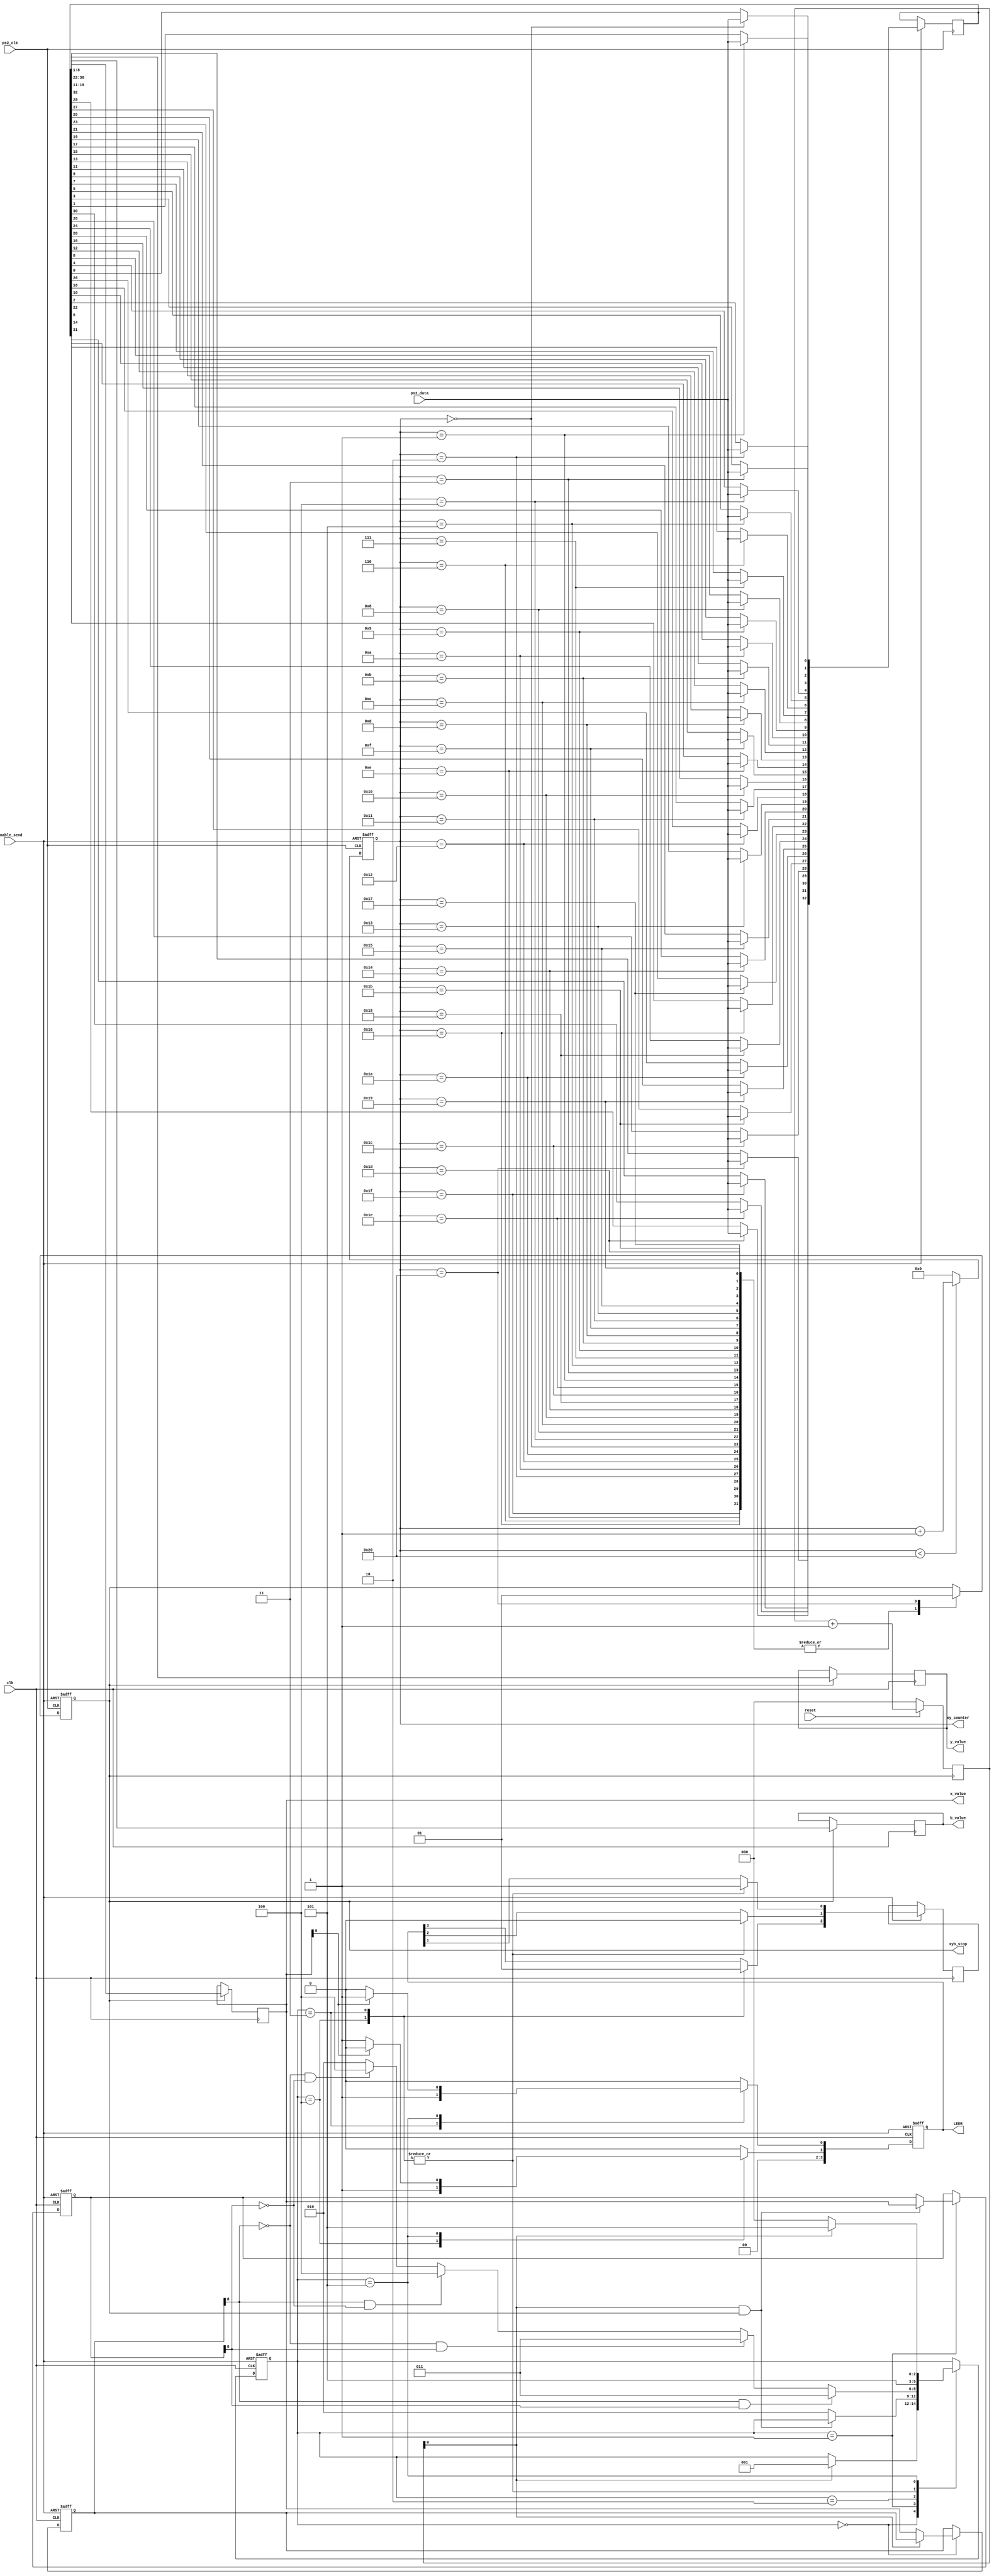
//////////////////////////////////
/// mouse interface to DE1-SoC ///
/// Feb 2016                   ///
/// ps2 transfer               ///
/// part 2 transmit module     ///
//////////////////////////////////

module transmit (
 /* hex_out0, 		// 7 bit binary Output
 hex_out1, 		// 7 bit binary Output
 hex_out2, 		// 7 bit binary Output
 hex_out3, 		// 7 bit binary Output
 hex_out4, 		// 7 bit binary Output
 hex_out5, 		// 7 bit binary Output */
 x_value,		// 9 bit x direction value
 y_value,		// 9 bit y direction value
 b_value,		// 8 bit button and x/y sign value
 xy_counter,	// counter for serial shift register
 xyb_stop,		// indicates end of 3 bit transfer
 enable_send,  // stream load enabled
 clk,				// 50 KHz clock
 reset,			// master reset
 ps2_clk, 		// ps2 clock
 ps2_data,	 	// ps2 data
 LEDR // added
);

 
 // input signals
 
 input ps2_clk;
 input ps2_data;
 input reset;
 input clk;
 input enable_send;
 
 //output registers ;
 
 /* output reg [6:0] hex_out0 ;
 output reg [6:0] hex_out1 ;
 output reg [6:0] hex_out2 ;
 output reg [6:0] hex_out3 ;
 output reg [6:0] hex_out4 ;
 output reg [6:0] hex_out5; */
 output reg [6:0] xy_counter; 
 output reg [8:0] x_value;
 output reg [8:0] y_value;
 output reg [7:0] b_value;
 
 output reg xyb_stop;
 
 // ADDED to display the lights. Need default .qsf course file
 output reg [3:0] LEDR; // led_left; 
 // output reg LEDR[1]; //led_right;
 // output reg LEDR[2]; //led_up;
 // output reg LEDR[3]; // led_down;

 
 // internal registers
 
 reg [2:0] counter_xy;	// counter for first and second value
 reg [2:0] state_value_y;// y state machine
 reg [2:0] state_value_x;// x state machine
 reg [8:0] x_first;		// store first x value
 reg [8:0] x_second;		// store second x value
 reg [8:0] y_first;		// store first y value
 reg [8:0] y_second;		// store second y value
 reg [32:0] xyb_value;	// serial shift register
 reg PSCLK;					// for ps2 clk
 reg [8:0] PS; 			//for ps2 data
 reg PSO;   				// stores serial data value
 
 
 // setting to create HEX value on display
 
 parameter HEX_0 = 7'b1000000;		// zero
 parameter HEX_1 = 7'b1111001;		// one
 parameter HEX_2 = 7'b0100100;		// two
 parameter HEX_3 = 7'b0110000;		// three
 parameter HEX_4 = 7'b0011001;		// four
 parameter HEX_5 = 7'b0010010;		// five
 parameter HEX_6 = 7'b0000010;		// six
 parameter HEX_7 = 7'b1111000;		// seven
 parameter HEX_8 = 7'b0000000;		// eight
 parameter HEX_9 = 7'b0011000;		// nine
 parameter HEX_10 = 7'b0001000;		// ten
 parameter HEX_11 = 7'b0000011;		// eleven
 parameter HEX_12 = 7'b1000110;		// twelve
 parameter HEX_13 = 7'b0100001;		// thirteen
 parameter HEX_14 = 7'b0000110;		// fourteen
 parameter HEX_15 = 7'b0001110;		// fifteen
 parameter zero   = 7'b1111111;		// all off	
 parameter right = 7'b0101111;      // right button push
 parameter left = 7'b1000111;			// left button push
 parameter middle = 7'b0101011;		// middle button push
 parameter dash = 7'b0111111; 		// dash (no button push)
 parameter tee =  7'b1111000;			// letter T
 parameter you = 7'b1000001;        // letter U
 parameter pee = 7'b0001100;        // letter P
 
 /////////////////////////////////////////////
 // state machine values for mouse movement //
 ///////////////////////////////////////////// 
 
 parameter load_value_y1 = 3'b000;
 parameter load_value_y2 = 3'b001;
 parameter test_sign_y = 3'b010;
 parameter compare_up = 3'b011;
 parameter compare_down = 3'b100;
 parameter no_change_y = 3'b101;
 
 parameter load_value_x1 = 3'b000;
 parameter load_value_x2 = 3'b001;
 parameter test_sign_x = 3'b010;
 parameter compare_left = 3'b011;
 parameter compare_right = 3'b100;
 parameter no_change_x = 3'b101;
 
  ////////////////////////////////////////
 // PS2 mouse value retrieve register  // 
 ////////////////////////////////////////

wire sync_time = (xy_counter < 7'd32)? 1'b0 : 1'b1; // end of each load cycle
 
 always @(negedge enable_send or posedge ps2_clk) begin
 
 	if  (!enable_send)
	
	begin
	xy_counter = 7'b0; // reset counter
	end
	
	else begin
	
	if ( sync_time) 
	xy_counter = 7'b0;
	
	else
	xy_counter = xy_counter + 1;
	end
	
	end

 
 
 
 
 always @ (negedge enable_send or negedge ps2_clk) begin
 
 if (!enable_send) begin xyb_stop = 0 ; end
 else
 case (xy_counter)
 
		// begin load byte 0
		7'd0	: begin xyb_value[0] = ps2_data ; xyb_stop = 0; end // bit 0 - start
 
		7'd1	: begin xyb_value[1] = ps2_data ; xyb_stop = 0; end // bit 1 - valid bit 0 (left button)
		
		7'd2	: begin xyb_value[2] = ps2_data ; xyb_stop = 0; end // bit 2 - valid bit 1 (right button)
		
		7'd3	: begin xyb_value[3] = ps2_data ; xyb_stop = 0; end // bit 3 - valid bit 2 (middle button)
		
		7'd4	: begin xyb_value[4] = ps2_data ; xyb_stop = 0; end // bit 4 - valid bit 3 (always high)
		
		7'd5	: begin xyb_value[5] = ps2_data ; xyb_stop = 0; end // bit 5 - valid bit 4 (x sign)
		
		7'd6	: begin xyb_value[6] = ps2_data ; xyb_stop = 0; end // bit 6 - valid bit 5 (y sign)
		
		7'd7	: begin xyb_value[7] = ps2_data ; xyb_stop = 0; end // bit 7 - valid bit 6 (x over)
		
		7'd8	: begin xyb_value[8] = ps2_data ; xyb_stop = 0; end // bit 8 - valid bit 7 (y over)
		
		7'd9	: begin xyb_value[9] = ps2_data ; xyb_stop = 0; end // bit 9 - end 1
		
		7'd10	: begin xyb_value[10] = ps2_data ; xyb_stop = 0; end // bit 10 - end 2
		
		// begin load byte 1
		
		7'd11	: begin xyb_value[11] = ps2_data ; xyb_stop = 0; end // bit 0 - valid bit 0

		7'd12	: begin xyb_value[12] = ps2_data ; xyb_stop = 0; end // bit 1 - valid bit 1
		
		7'd13	: begin xyb_value[13] = ps2_data ; xyb_stop = 0; end // bit 2 - valid bit 2
		
		7'd14	: begin xyb_value[14] = ps2_data ; xyb_stop = 0; end // bit 3 - valid bit 3
		
		7'd15	: begin xyb_value[15] = ps2_data ; xyb_stop = 0; end // bit 4 - valid bit 4
		
		7'd16	: begin xyb_value[16] = ps2_data ; xyb_stop = 0; end // bit 5 - valid bit 5
		
		7'd17	: begin xyb_value[17] = ps2_data ; xyb_stop = 0; end // bit 6 - valid bit 6
		
		7'd18	: begin xyb_value[18] = ps2_data ; xyb_stop = 0; end // bit 7 - valid bit 7
		
		7'd19	: begin xyb_value[19] = ps2_data ; xyb_stop = 0; end // bit 8 - valid bit 8
		
		7'd20	: begin xyb_value[20] = ps2_data ; xyb_stop = 0; end // bit 9 -  end 1
		
		7'd21	: begin xyb_value[21] = ps2_data ; xyb_stop = 0; end // bit 10 - end 2
		
		// begin load byte 2
		
		7'd22	: begin xyb_value[22] = ps2_data ; xyb_stop = 0; end // bit 0 - valid bit 0

		7'd23	: begin xyb_value[23] = ps2_data ; xyb_stop = 0; end // bit 1 - valid bit 1
		
		7'd24	: begin xyb_value[24] = ps2_data ; xyb_stop = 0; end // bit 2 - valid bit 2
		
		7'd25	: begin xyb_value[25] = ps2_data ; xyb_stop = 0; end // bit 3 - valid bit 3
		
		7'd26	: begin xyb_value[26] = ps2_data ; xyb_stop = 0; end // bit 4 - valid bit 4
		
		7'd27 : begin xyb_value[27] = ps2_data ; xyb_stop = 0; end // bit 5 - valid bit 5
		
		7'd28	: begin xyb_value[28] = ps2_data ; xyb_stop = 0; end // bit 6 - valid bit 6
		
		7'd29	: begin xyb_value[29] = ps2_data ; xyb_stop = 0; end // bit 7 - valid bit 7
		
		7'd30	: begin xyb_value[30] = ps2_data ; xyb_stop = 0; end // bit 8 - valid bit 8
		
		7'd31	: begin xyb_value[31] = ps2_data ; xyb_stop = 0; end // bit 9 -  end 1
		
		7'd32	: begin xyb_value[32] = ps2_data ; xyb_stop = 1; end // bit 10 - end 2
		
			
		endcase
		
		end
////////////////////////////////////////////
/// store values in 8 bit register for  ////
/// button pushes middle left right     ////
/// x and y value                       ////
////////////////////////////////////////////		
		
		
	always @ ( posedge clk ) begin
	
		if (xyb_stop) begin
		
		 b_value [7:0] <= xyb_value [8:1];
		 x_value [8:0] <= xyb_value [19:11];
		 y_value [8:0] <= xyb_value [30:22];
		 
		 end	
	 end
	 
	
////////////////////////////////////////////////
/// Testing to see which button was pushed   ///
////////////////////////////////////////////////	

reg doSomething;
	 always @  ( posedge clk or negedge enable_send ) begin
	 
	 if (!enable_send) begin
// default setting		 
	 /* hex_out5 = dash;
	 hex_out4 = dash; */
	 end
	 
	 else
	 
	 case (b_value [3:0])  
			
		4'b1100: doSomething = 1;
		default: doSomething = 0;
endcase
end	
/* 	 4'b1100: begin  hex_out5 = HEX_11; hex_out4 = middle; end // middle button
	 4'b1010: begin  hex_out5 = HEX_11; hex_out4 = right; end  // right button
	 4'b1001: begin  hex_out5 = HEX_11; hex_out4 = left; end // left button
	 4'b1000: begin  hex_out5 = dash; hex_out4 = dash; end // no button push
	 
 */	 
	 

	 
/////////////////////////////////////
////   counter  for ps2 clock    //// 	
/////////////////////////////////////

 always @ ( posedge xyb_stop ) begin
	
	if (!reset) begin counter_xy = 2'b0; end	
	
		else begin
		
		counter_xy = counter_xy +1;
	 end
end
// remove y-movenet to ignore changes in y-direction of the mouse.
/* /////////////////////////////////
////   testing y movement    //// 	
/////////////////////////////////
 

 always @	( posedge clk or negedge enable_send ) begin
	
	if  (!enable_send)
// default setting	
	begin
	state_value_y = load_value_y1;
	y_first = 8'b1;
	y_second = 8'b1;
	hex_out1 = dash;
	hex_out0 = dash;
	end
	
	else
	
	case (state_value_y)
	load_value_y1: //000
// load first y value	
	begin
	
	 if (!counter_xy[0])
	 y_first = y_value;	 
	 else 	 
	 state_value_y = load_value_y2;
	 end
///////////////////////////////////////////////////////	 
	 load_value_y2://001
// load second y value	 
	 begin
	 
	 if (counter_xy[0] & xyb_stop)
	 y_second = y_value;
	 else
	 state_value_y = test_sign_y;
	 end
///////////////////////////////////////////////////////	 
	 test_sign_y: //010
// compare to find direction	 
	 begin
	 
	 if (y_first[8] & y_second[8]) // both high values 
	  state_value_y = compare_down;
	  else if
	   (!y_first[8] & y_second[8] ) // first low and second high
		state_value_y = compare_down;
		else if
		(y_first[8] & !y_second[8]) // first high and second low
		state_value_y = compare_up;
		else if
		(!y_first[8] & !y_second[8]) // both low values
	   state_value_y = compare_up;
		
		else 
		
		state_value_y = test_sign_y; // once condition must be met
		
		end

///////////////////////////////////////////////////////		
		compare_up: //011
// display HEX value			
		begin				
		hex_out1 = you;
		hex_out0 = pee;
	   state_value_y = no_change_y;
		end

///////////////////////////////////////////////////////		
		compare_down: // 100
// display HEX value		
		begin
	   
		hex_out1 = HEX_13;
		hex_out0 = middle;
		state_value_y = no_change_y;
		end
////////////////////////////////////////////////////////		
		no_change_x: //101
// wait for next movement check		
		begin
		
		if (!counter_xy[0])
		state_value_y = load_value_y1;
		else
		state_value_y = no_change_y;		
		end
		endcase
		
		end */
		
		



/////////////////////////////////
////   testing x movement    //// 	
/////////////////////////////////		

 always @	( posedge clk or negedge enable_send ) begin
	
	if  (!enable_send)
// default setting		
	begin
	state_value_x = load_value_x1;
	x_first = 8'b1;
	x_second = 8'b1;
/* 	hex_out3 = dash;
	hex_out2 = dash; */
	end
	
	else
	
	case (state_value_x)
	load_value_x1: //000
	
	begin
	
	 if (!counter_xy[0])
	 x_first = x_value;	// load first x value 
	 else 	 
	 state_value_x = load_value_x2;
	 end

	 load_value_x2://001
	 
	 begin
	 
	 if (counter_xy[0] & xyb_stop )
	 x_second = x_value; // load second x value
	 else
	 state_value_x = test_sign_x;
	 end
	 
	 test_sign_x://010
// compare to find direction	 
	 begin
	 
	 if (x_first[8] & x_second[8]) // both high values 
	  state_value_x = compare_left;
	  else if
	   (!x_first[8] & x_second[8] ) // first low and second high
		state_value_x = compare_left;
		else if
		(x_first[8] & !x_second[8]) // first high and second low
		state_value_x = compare_right ;
		else if
		(!x_first[8] & !x_second[8]) // both low values
	   state_value_x = compare_right;
		
		else 
		
		state_value_x = test_sign_x; // once condition must be met
		
		end

		
		compare_right: // 101
// display value on HEX. Don't want t do that, want to display on led's		
		begin				
/* 		hex_out3 = right;
		hex_out2 = tee; */
		LEDR[1] = 1'b1;
		LEDR[2] = 1'b0;
		LEDR[3] = 1'b0;
	   state_value_x = no_change_x;
		end

		
		compare_left: // 110
// display value on HEX display	

		begin
	   	LEDR[1] = 1'b1;
		LEDR[2] = 1'b0;
		LEDR[3] = 1'b1;
/* 		hex_out3 = left;
		hex_out2 = HEX_15; */
		state_value_x = no_change_x;
		end
//////////////////////////////////////////////////////		
		no_change_x:
// wait for next movement check  		
		begin
		
		if (!counter_xy[0])
		state_value_x = load_value_x1;
		else
		state_value_x = no_change_x;		
		end
		
		endcase
		
		end
		
always @(posedge clk or negedge enable_send) begin
   if (!enable_send) begin
      // Default LED, set off
      LEDR[0] = 1'b0;
      LEDR[1] = 1'b0;
      LEDR[2] = 1'b0;
      LEDR[3] = 1'b0;
   end else begin
      case (state_value_x) // movement 
         compare_left: begin
            LEDR[0] = 1'b1;
            LEDR[1] = 1'b0;
            LEDR[2] = 1'b0;
            LEDR[3] = 1'b0;
         end
         compare_right: begin
            LEDR[0] = 1'b0;
            LEDR[1] = 1'b1;
            LEDR[2] = 1'b0;
            LEDR[3] = 1'b0;
         end
         no_change_x: begin
            // No movement in the x-direction
            LEDR[0] = x_value[8] ? 1'b1 : 1'b0;
            LEDR[1] = x_value[8] ? 1'b0 : 1'b1;
            LEDR[2] = 1'b0;
            LEDR[3] = 1'b0;
         end
         // Add cases for other conditions as needed
         default: begin
            // Default case
            LEDR[0] = 1'b0;
            LEDR[1] = 1'b0;
            LEDR[2] = 1'b0;
            LEDR[3] = 1'b0;
         end
      endcase
   end
end

 endmodule